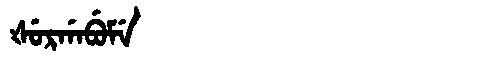
Manchu: ᡧᡠᡵᡤᠠᠪᡠᠮᡝ
Romanization: ŠURGABUME